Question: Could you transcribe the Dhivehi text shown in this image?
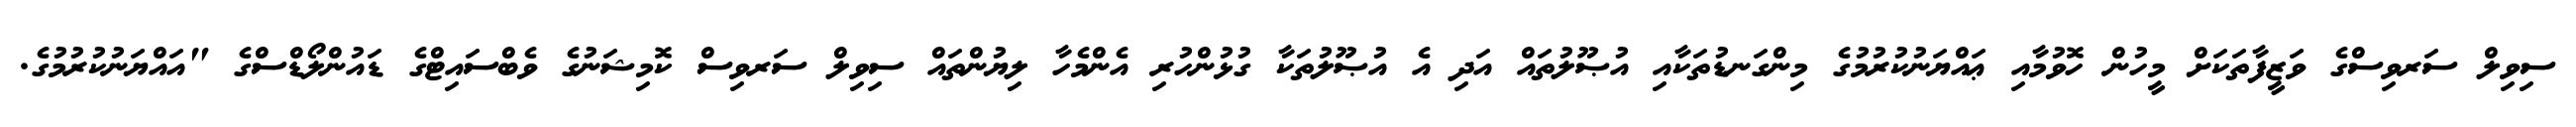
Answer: ސިވިލް ސަރވިސްގެ ވަޒީފާތަކަށް މީހުން ހޮވުމާއި ޢައްޔަނުކުރުމުގެ މިންގަނޑުތަކާއި އުޞޫލުތައް އަދި އެ އުޞޫލުތަކާ ގުޅުންހުރި އެންމެހާ ލިޔުންތައް ސިވިލް ސަރވިސް ކޮމިޝަނުގެ ވެބްސައިޓްގެ ޑައުންލޯޑްސްގެ "އައްޔަނުކުރުމުގެ.